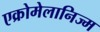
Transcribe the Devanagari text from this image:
एक्रोमेलानिज्म